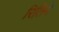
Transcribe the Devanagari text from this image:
रितिने